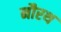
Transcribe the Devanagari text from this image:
नौरथ